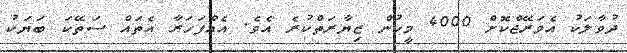
ދުވާލަކު އެވަރޭޖްކޮށް 4000 މީހުން ޒިޔާރަތްކުރެ އެވެ. އެއްފަހަރާ އެތައް ސަތޭކަ ބަޔަކު